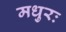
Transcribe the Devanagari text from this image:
मधुरः